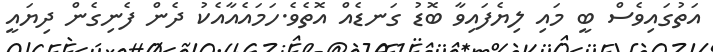
އަތުގައިވެސް ބީ މައި ލިޔެފައިވާ ބޮޑު ގަނޑެއް އޮތެވެ.ހަމައެއާއެކު ދެން ފެނިގެން ދިޔައީ